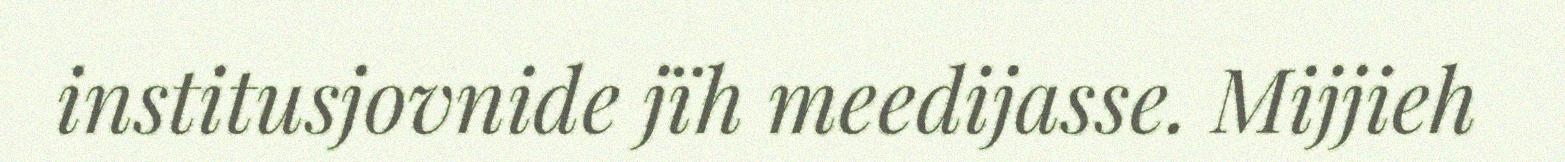
institusjovnide jïh meedijasse. Mijjieh